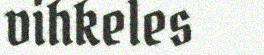
vihkeles